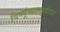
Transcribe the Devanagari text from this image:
विष्णूंच्यास्तुतीवर